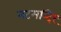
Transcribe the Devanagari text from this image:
नटमन्दिर